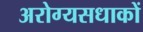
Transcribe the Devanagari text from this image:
अरोग्यसधाकों